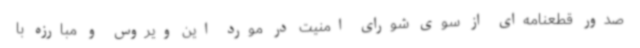
صدور قطعنامه‌ای از سوی شورای امنیت در مورد این ویروس و مبارزه با